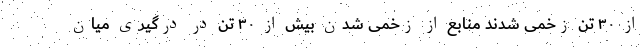
از ۳۰ تن زخمی شدند منابع از زخمی شدن بیش از ۳۰ تن در درگیری میان